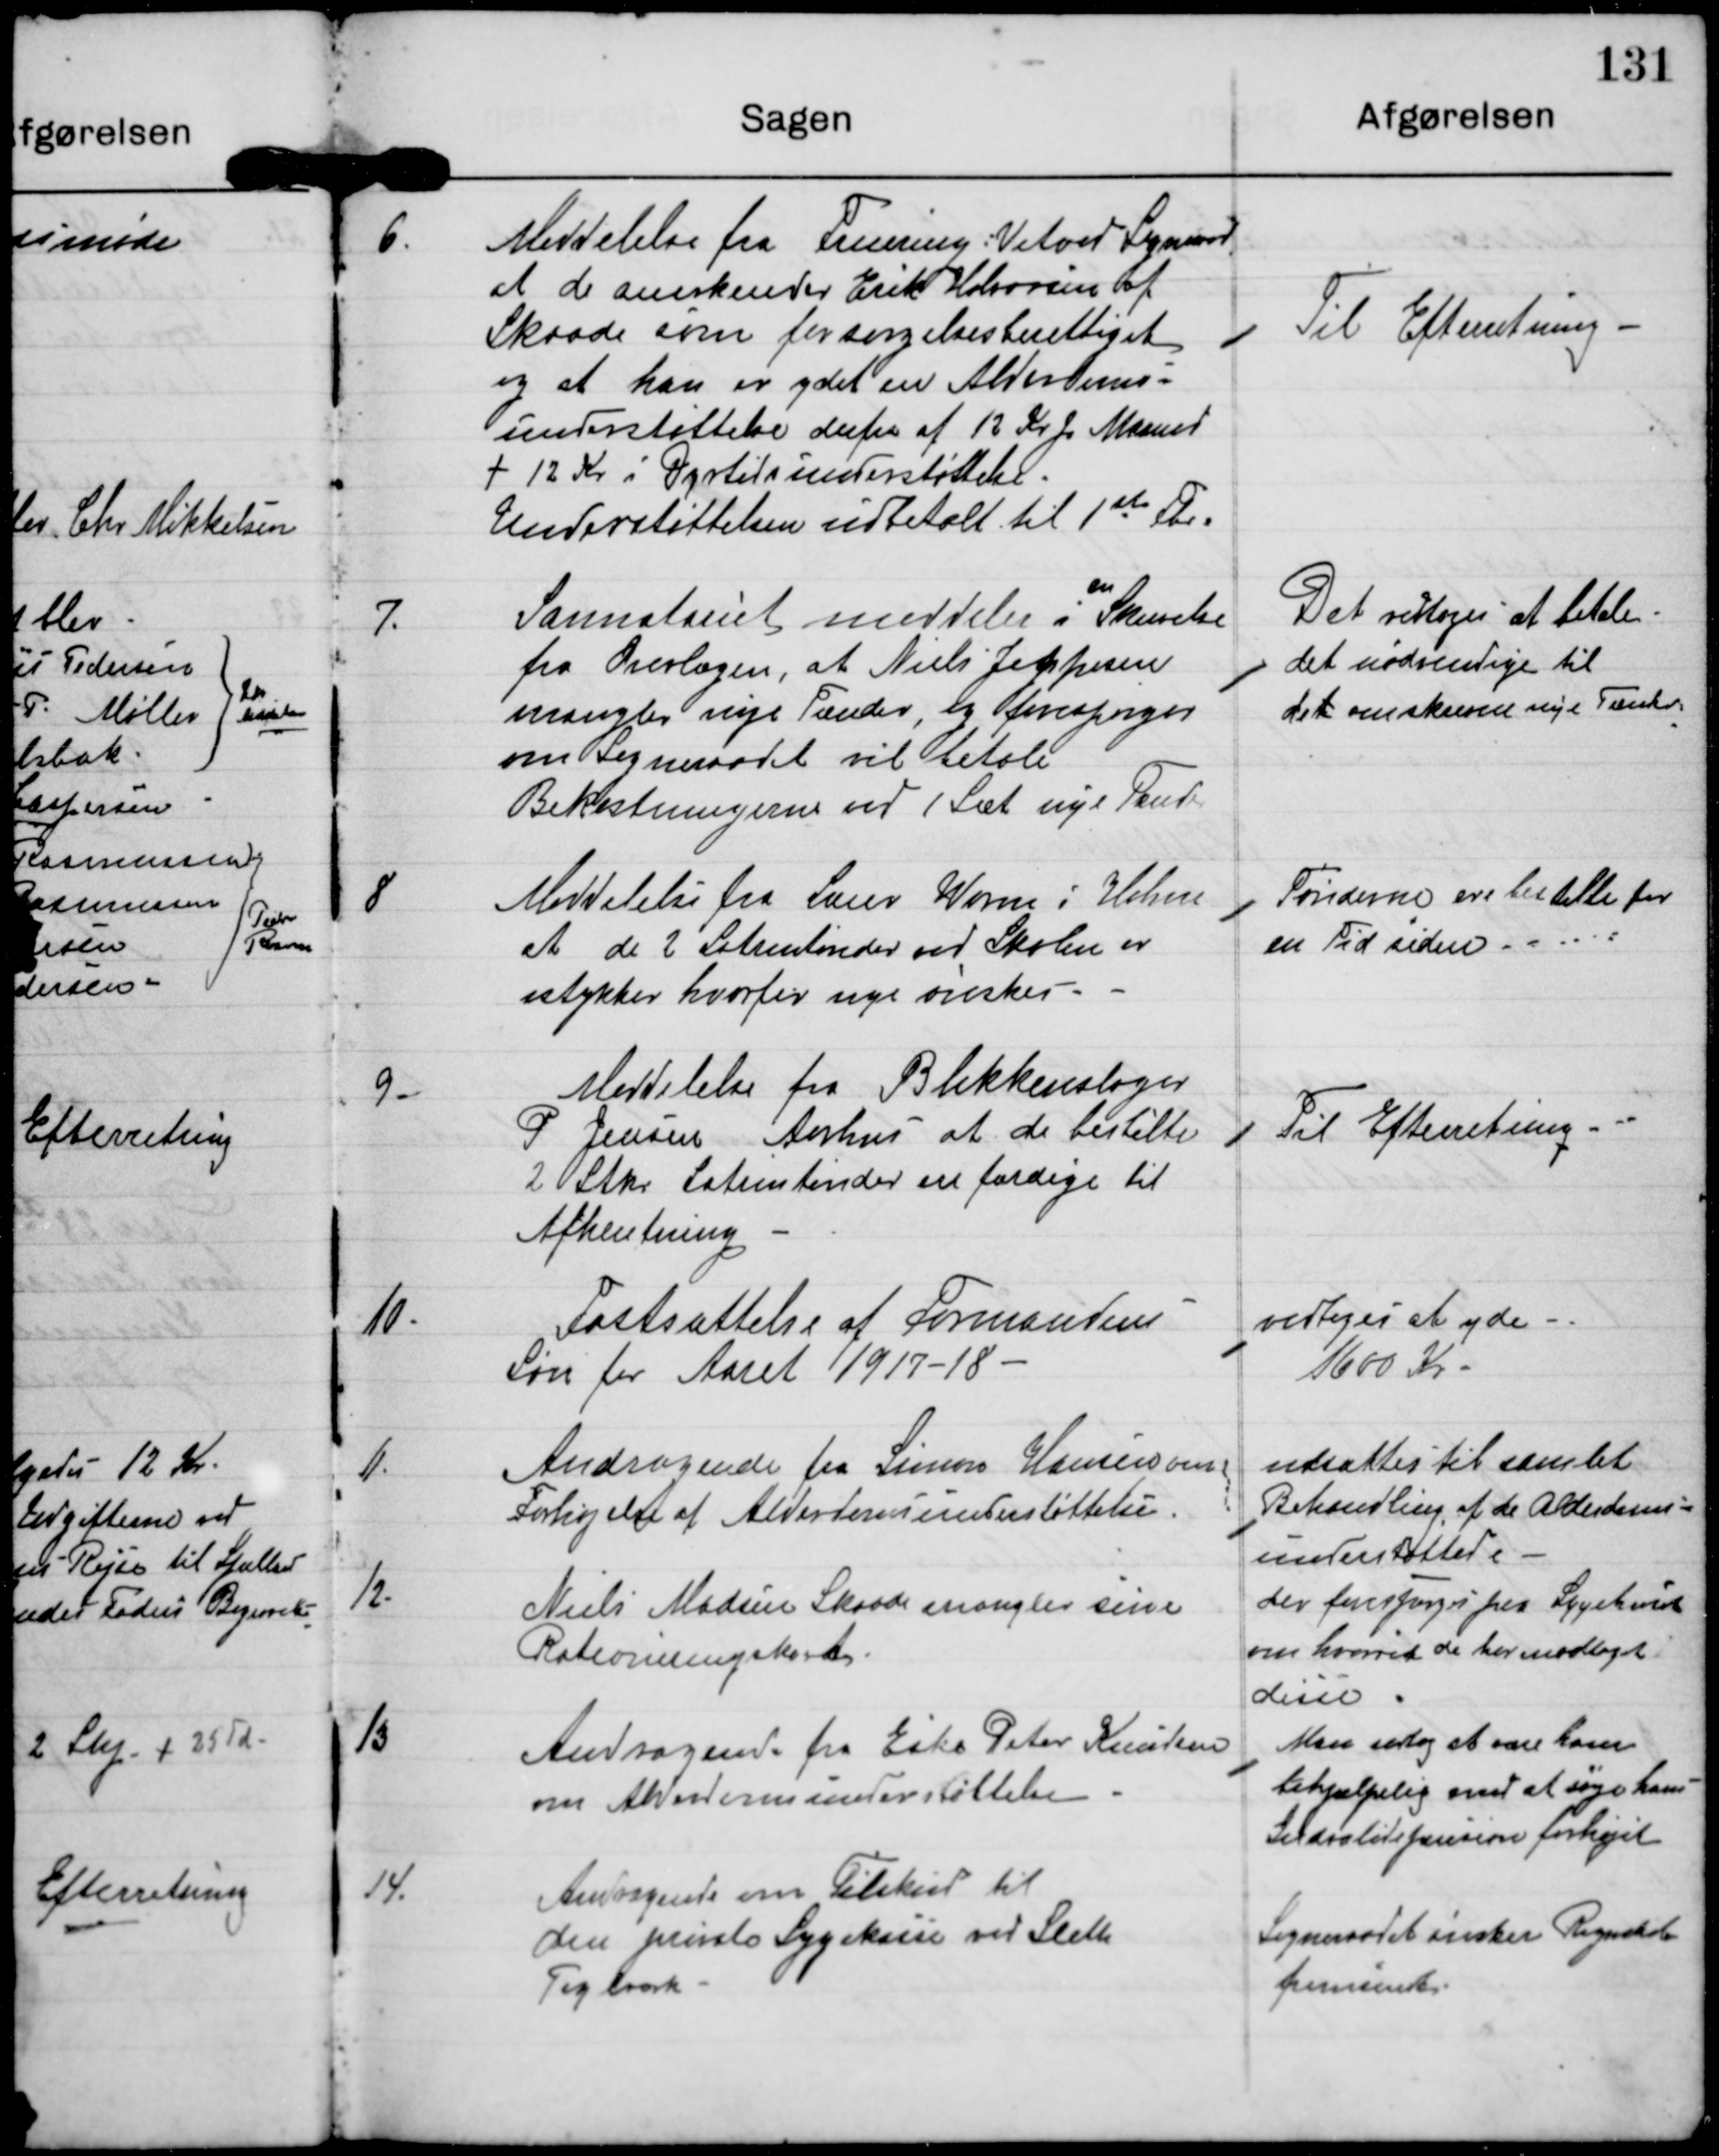
Transskription:
1.

Meddelelse fra Fruering-Vitved Sogneraad,
at de anerkender Erik Halvorsen af
Skaade som forsørgelsesberettiget
og at han er ydet en Alderdoms-
understøttelse derfra af 12 kr p Maaned
+ 12 Kr i Dyrtidsunderstøttelse.
Understøttelsen udbetalt til 1ste Fbr.

Til Efterretning

7.

en
Sanatoriet meddeler i Skrivelse
fra Overlægen, at Niels Jeppesen
mangler nye Tænder, og forespørger
om Sogneraadet vil betale
Bekostningerne ved 1 Sæt nye Tænder

Det vedtoges at betale
det nødvendige til
de t omskrevne nye Tænder.

8

Meddelelse fra Lærer Worm i Holme
at de 2 Latrintønder ved Skolen er
istykker hvorfor nye ønskes.

Tønderne er  bestilte for
en Tid siden.

9.

Meddelelse fra Blikkenslager
P. Jensen Aarhus at de bestilte
2 Stk. Latrintøner er færdige til
Afhentning.

Til Efterretning

10.

Fastsættelse af Formandens
Løn for Aaret 1917-18.

vedtoges at yde
1600 Kr.

11.

Andragende fra Simon Hansen om
Forhøjelse af Alderdomsunderstøttelse.

udsættes til samlet
Behandling af de Alderdoms-
understøttede.

12.

Niels Madsen Skaade mangler sine
Rationeringskort.

der forespørges paa Sygehuset
om hvorvidt de har modtaget
disse.

13

Andragende fra Eske Peter Knudsen
om Alderdomsunderstøttelse.

Man vedtog at være ham
behjælpelig med at søge hans
Indvalidepension forhøjet.

14.

Andragende om Tilskud til
den private Sygekasse ved Sleth
Teglværk.

Sogneraadet ønsker Regnskab
fremsendt.